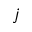
j